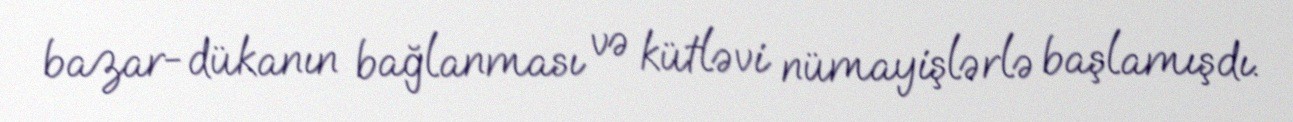
bazar-dükanın bağlanması və kütləvi nümayişlərlə başlamışdı.